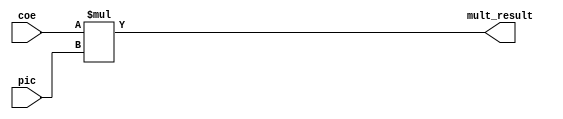
module multiplier (
input  signed [10:0] coe,
input  signed [9:0]  pic,
output signed [20:0] mult_result);

assign mult_result = coe * pic;

endmodule